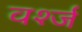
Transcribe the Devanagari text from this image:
वर्श्ज